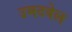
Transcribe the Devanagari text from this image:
उमटवेल